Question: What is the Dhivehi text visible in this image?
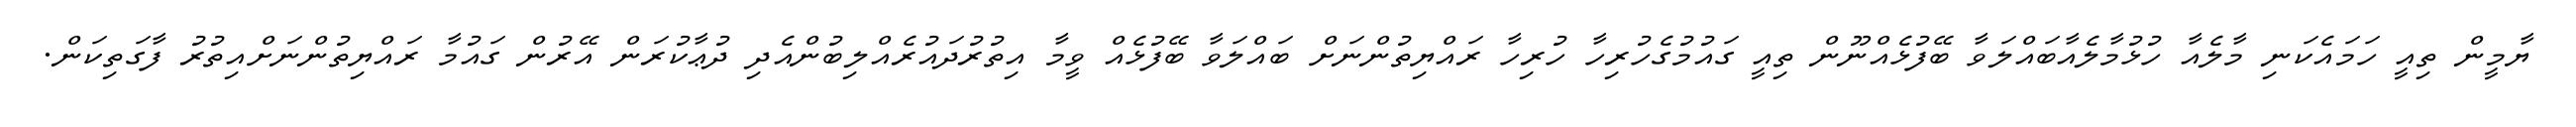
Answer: ޔާމީން ތިއީ ހަމައެކަނި މާލެއާ ހުޅުމާލެއާބައްލަވާ ބޭފުޅެއްނޫން ތިއީ ގައުމުގެހުރިހާ ހުރިހާ ރައްޔިތުންނަށް ބައްލަވާ ބޭފުޅެއް ވީމާ އިތުރުދައުރެއްލިބުންއެދި ދުޢާކުރަން އޭރުން ގައުމާ ރައްޔިތުންނަށްއިތުރު ފާގަތިކަން.